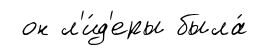
он л'и́д'еры была́